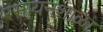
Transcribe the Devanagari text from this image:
रसायनशाळा